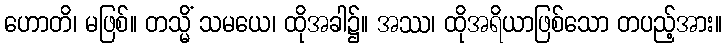
ဟောတိ၊ မဖြစ်။ တသ္မိံ သမယေ၊ ထိုအခါ၌။ အဿ၊ ထိုအရိယာဖြစ်သော တပည့်အား။